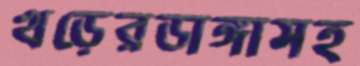
খড়েরডাঙ্গাসহ